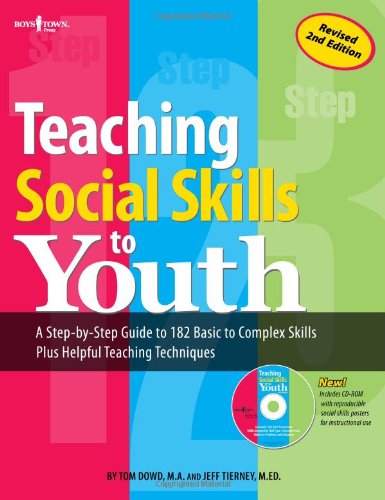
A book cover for Teaching Social Skills to Youth, Second Edition; Tom Dowd and Jeff Tierney; Education & Teaching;